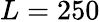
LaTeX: L=250